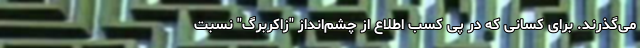
می‌گذرند. برای کسانی که در پی کسب اطلاع از چشم‌انداز "زاکربرگ" نسبت